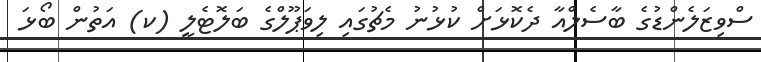
ސްވިޒަލެންޑުގެ ބާސެލްއާ ދެކޮޅަށް ކުޅުނު މެޗުގައި ލިވަޕޫލްގެ ބަލޮޓެލީ (ކ) އަތުން ބޯޅަ